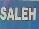
saleh